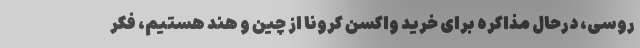
روسی، درحال مذاکره برای خرید واکسن کرونا از چین و هند هستیم، فکر